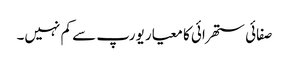
صفائی ستھرائی کا معیار یورپ سے کم نہیں۔